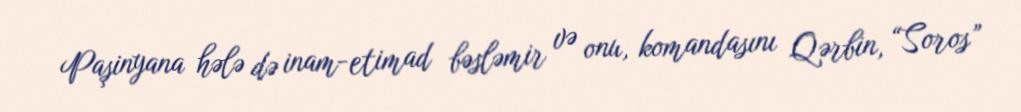
Paşinyana hələ də inam-etimad bəsləmir və onu, komandasını Qərbin, “Soros”